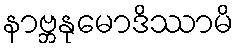
နာဗ္ဘနုမောဒိဿာမိ